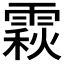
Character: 𩄍